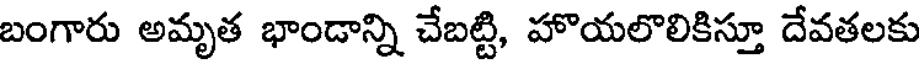
బంగారు అమృత భాండాన్ని చేబట్టి, హొయలొలికిస్తూ దేవతలకు